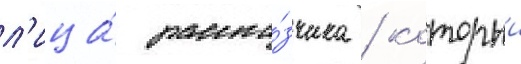
л'ица́ расска́зчика / которыи